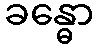
ခန္ဓော